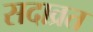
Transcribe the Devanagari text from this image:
सदाव्रत